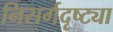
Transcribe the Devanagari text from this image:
निसर्गदृष्ट्या